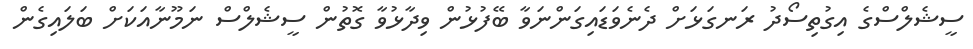
ސީޝެލްސްގެ އިގުތިސޯދު ރަނގަޅަށް ދެނެވަޑައިގަންނަވާ ބޭފުޅުން ވިދާޅުވާ ގޮތުން ސީޝެލްސް ނަމޫނާއަކަށް ބަލައިގެން